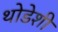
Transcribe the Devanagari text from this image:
थोडेशी